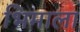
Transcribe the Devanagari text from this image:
भिमाला